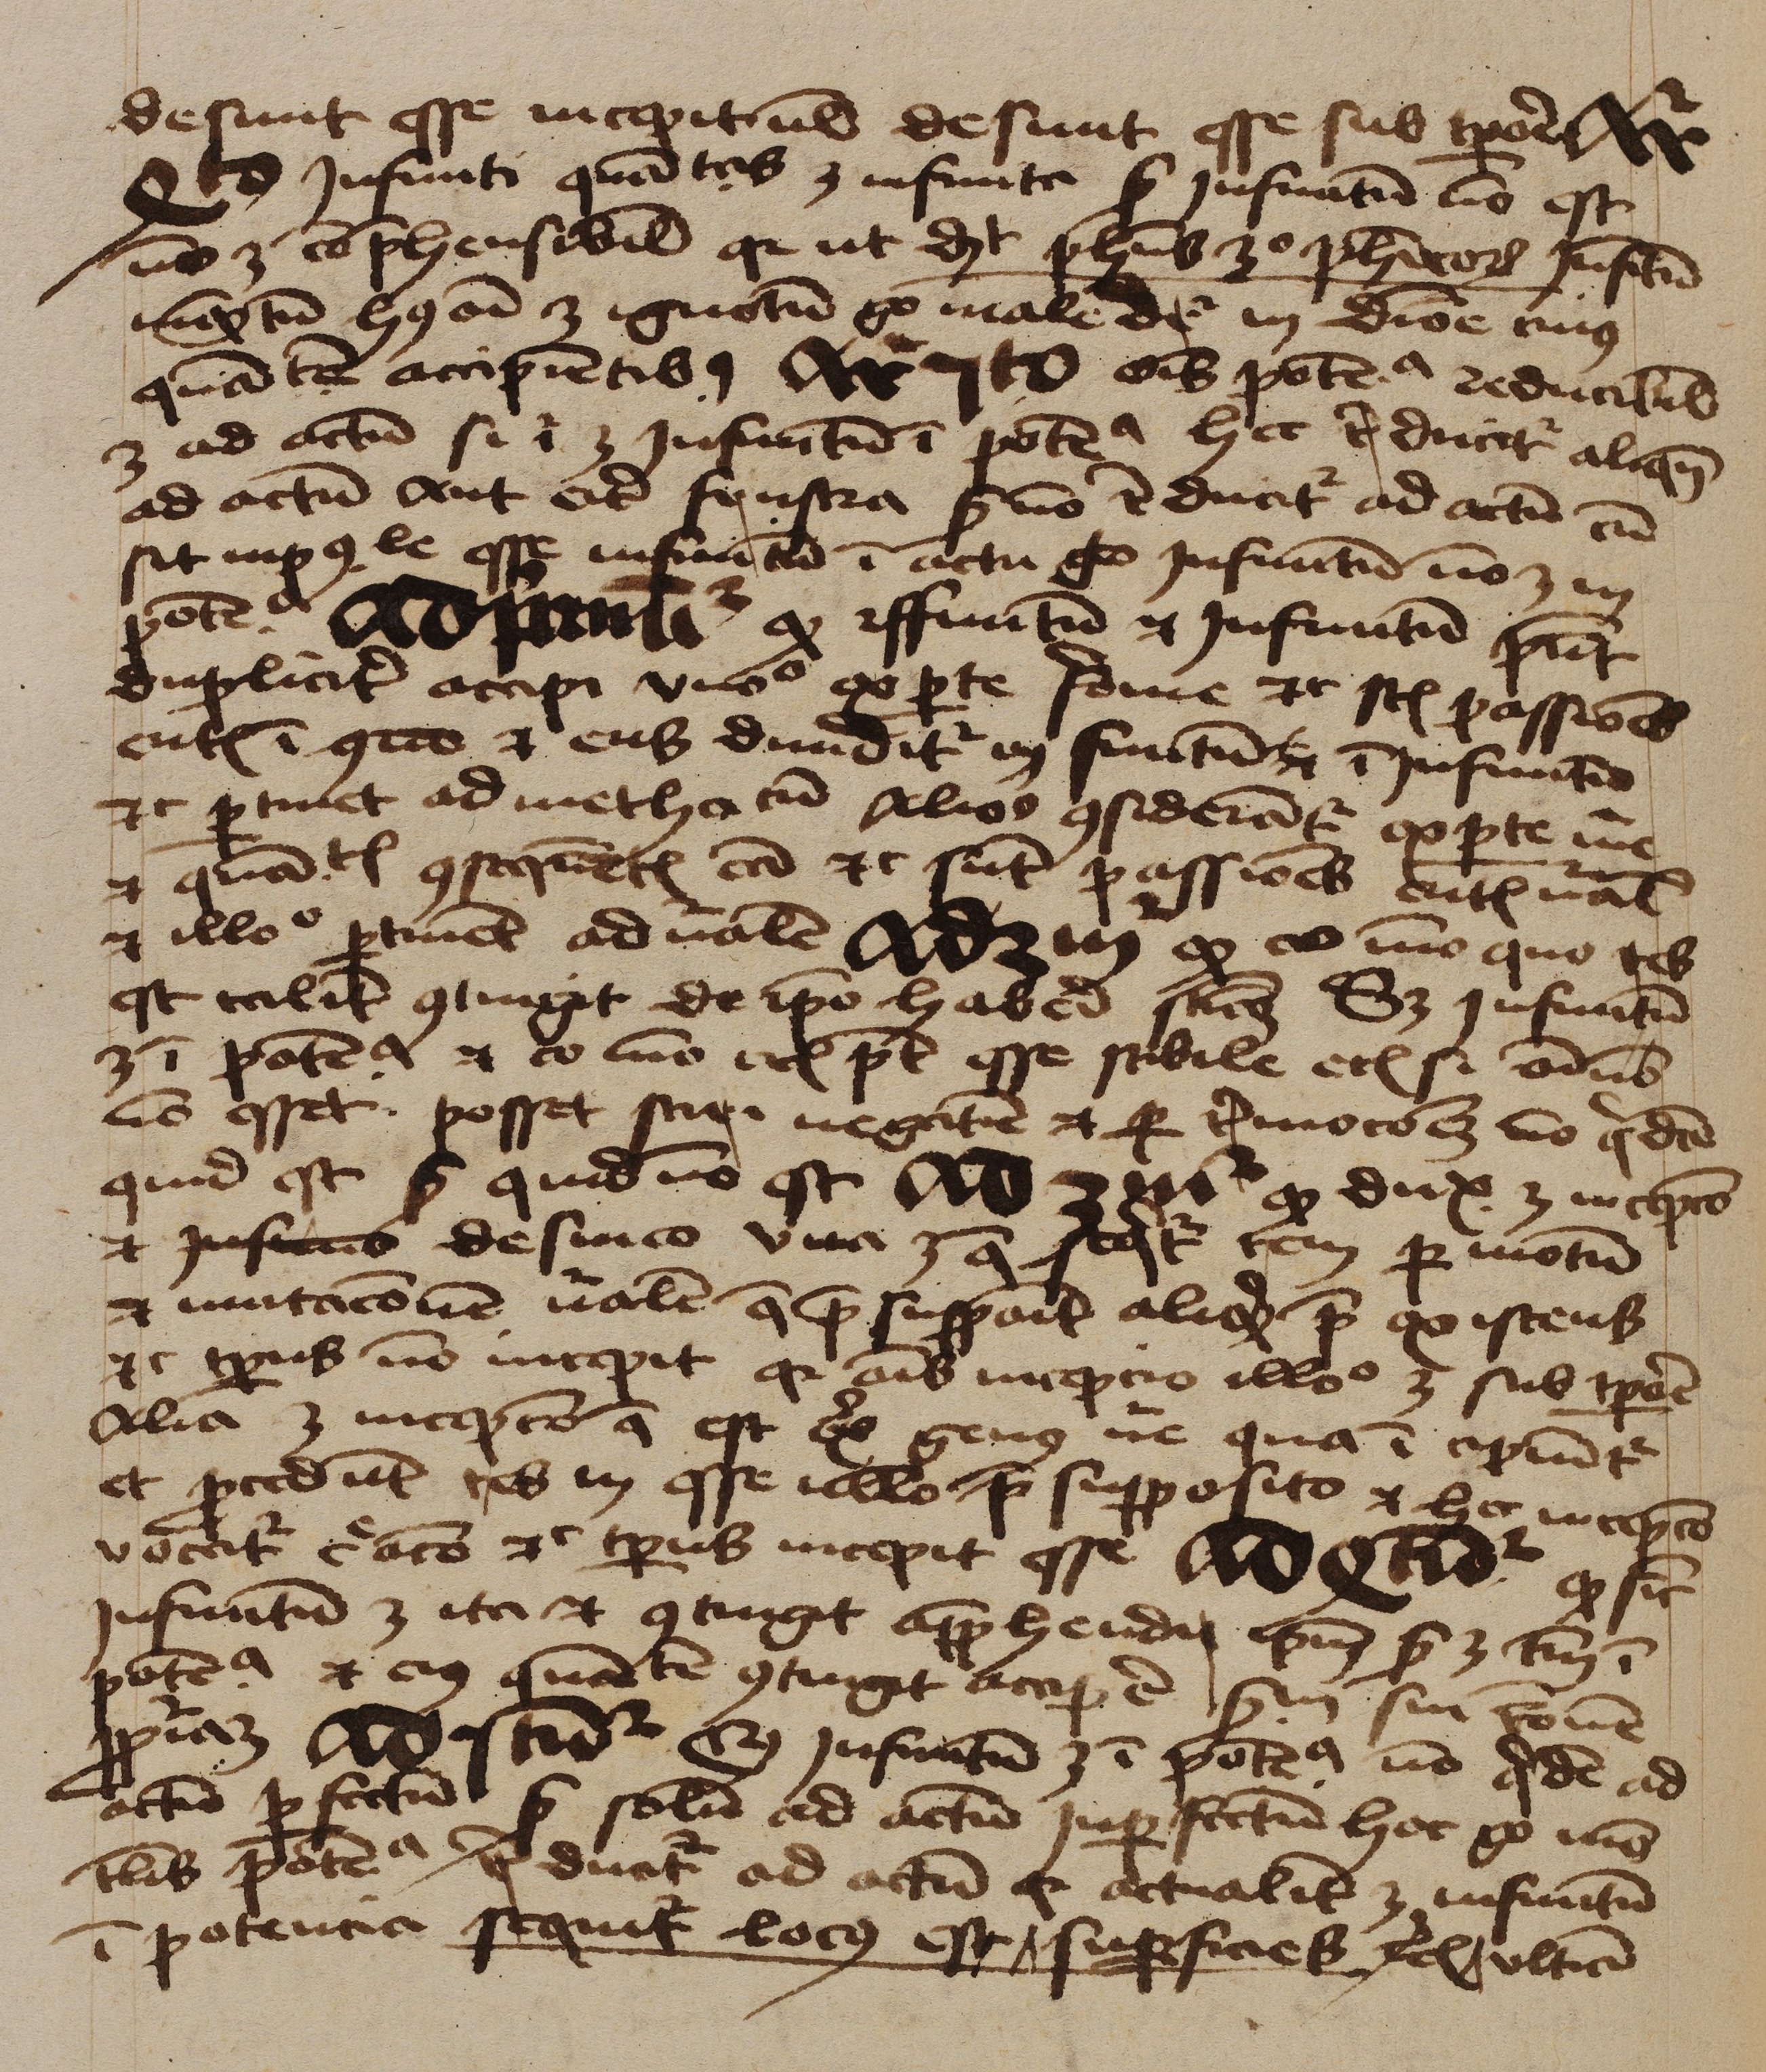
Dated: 1450–1474